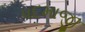
પદમાજી